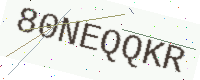
Text: 80NEQQKR